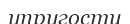
упругости